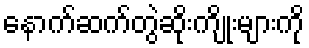
နောက်ဆက်တွဲဆိုးကျိုးများကို